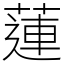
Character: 蓮